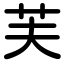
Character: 芙